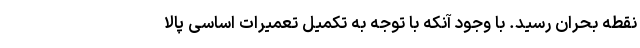
نقطه بحران رسید. با وجود آنکه با توجه به تکمیل تعمیرات اساسی پالا